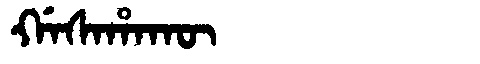
Manchu: ᡤᠠᠰᠠᡥᠠᡴᡡ
Romanization: GASAHAKŪ